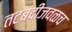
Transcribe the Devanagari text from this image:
तटबंदीजवळच